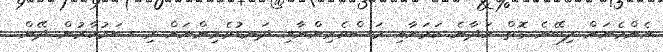
އެންމެނަށް ލިބޭނެ ގޮތް ހަދާނެ ކަމަށާއި މަސްވެރިންނާއި ދަނޑުވެރިންނަށް މި ސަރުކާރުން ދޭން